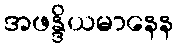
အဖန္ဒိယမာနေန